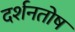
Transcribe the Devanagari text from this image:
दर्शनतोष